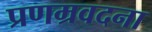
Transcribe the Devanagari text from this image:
प्रणम्रवदना